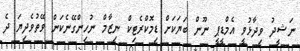
ނަޝީދު ވިދާޅުވީ އެމްޑީޕީ ނޫން ބަޔަކަށް ޑިމޮކްރެޓިކް ނިޒާމް ނުހިންގޭނެކަން ވޭތުވެދިޔަ ދެ